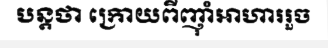
បន្តថា ក្រោយពីញ៉ាំអាហាររួច